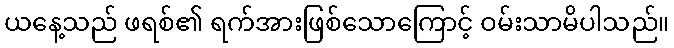
ယနေ့သည် ဖရစ်၏ ရက်အားဖြစ်သောကြောင့် ဝမ်းသာမိပါသည်။